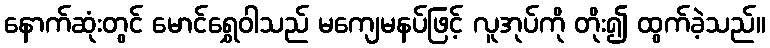
နောက်ဆုံးတွင် မောင်ရွှေဝါသည် မကျေမနပ်ဖြင့် လူအုပ်ကို တိုး၍ ထွက်ခဲ့သည်။